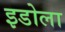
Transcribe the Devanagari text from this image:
इडोला